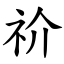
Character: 祄